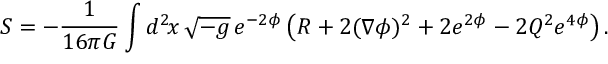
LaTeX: S = - \frac { 1 } { 1 6 \pi G } \int d ^ { 2 } \! x \, \sqrt { - g } \, e ^ { - 2 \phi } \left( R + 2 ( \nabla \phi ) ^ { 2 } + 2 e ^ { 2 \phi } - 2 Q ^ { 2 } e ^ { 4 \phi } \right) .